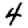
Digit: 4